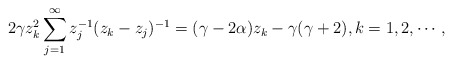
\begin{align*}2\gamma z^2_k\sum^{\infty}_{j=1}z_j^{-1}(z_k-z_j)^{-1}=(\gamma-2\alpha)z_k-\gamma(\gamma+2), k=1,2,\cdots,\end{align*}